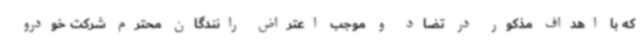
که با اهداف مذکور در تضاد و موجب اعتراض رانندگان محترم شرکت خودرو